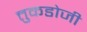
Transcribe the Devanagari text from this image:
त्तुकडोजी